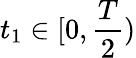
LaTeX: t_{1}\in[0,\frac{T}{2})